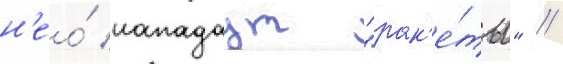
н'ео́ нападаут "рак'е́ты" //